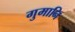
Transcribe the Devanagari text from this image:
गुमानि